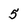
Character: 5